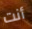
أنت